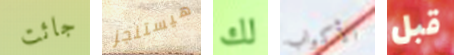
جائت هيستنجز لك الأكواب قبل